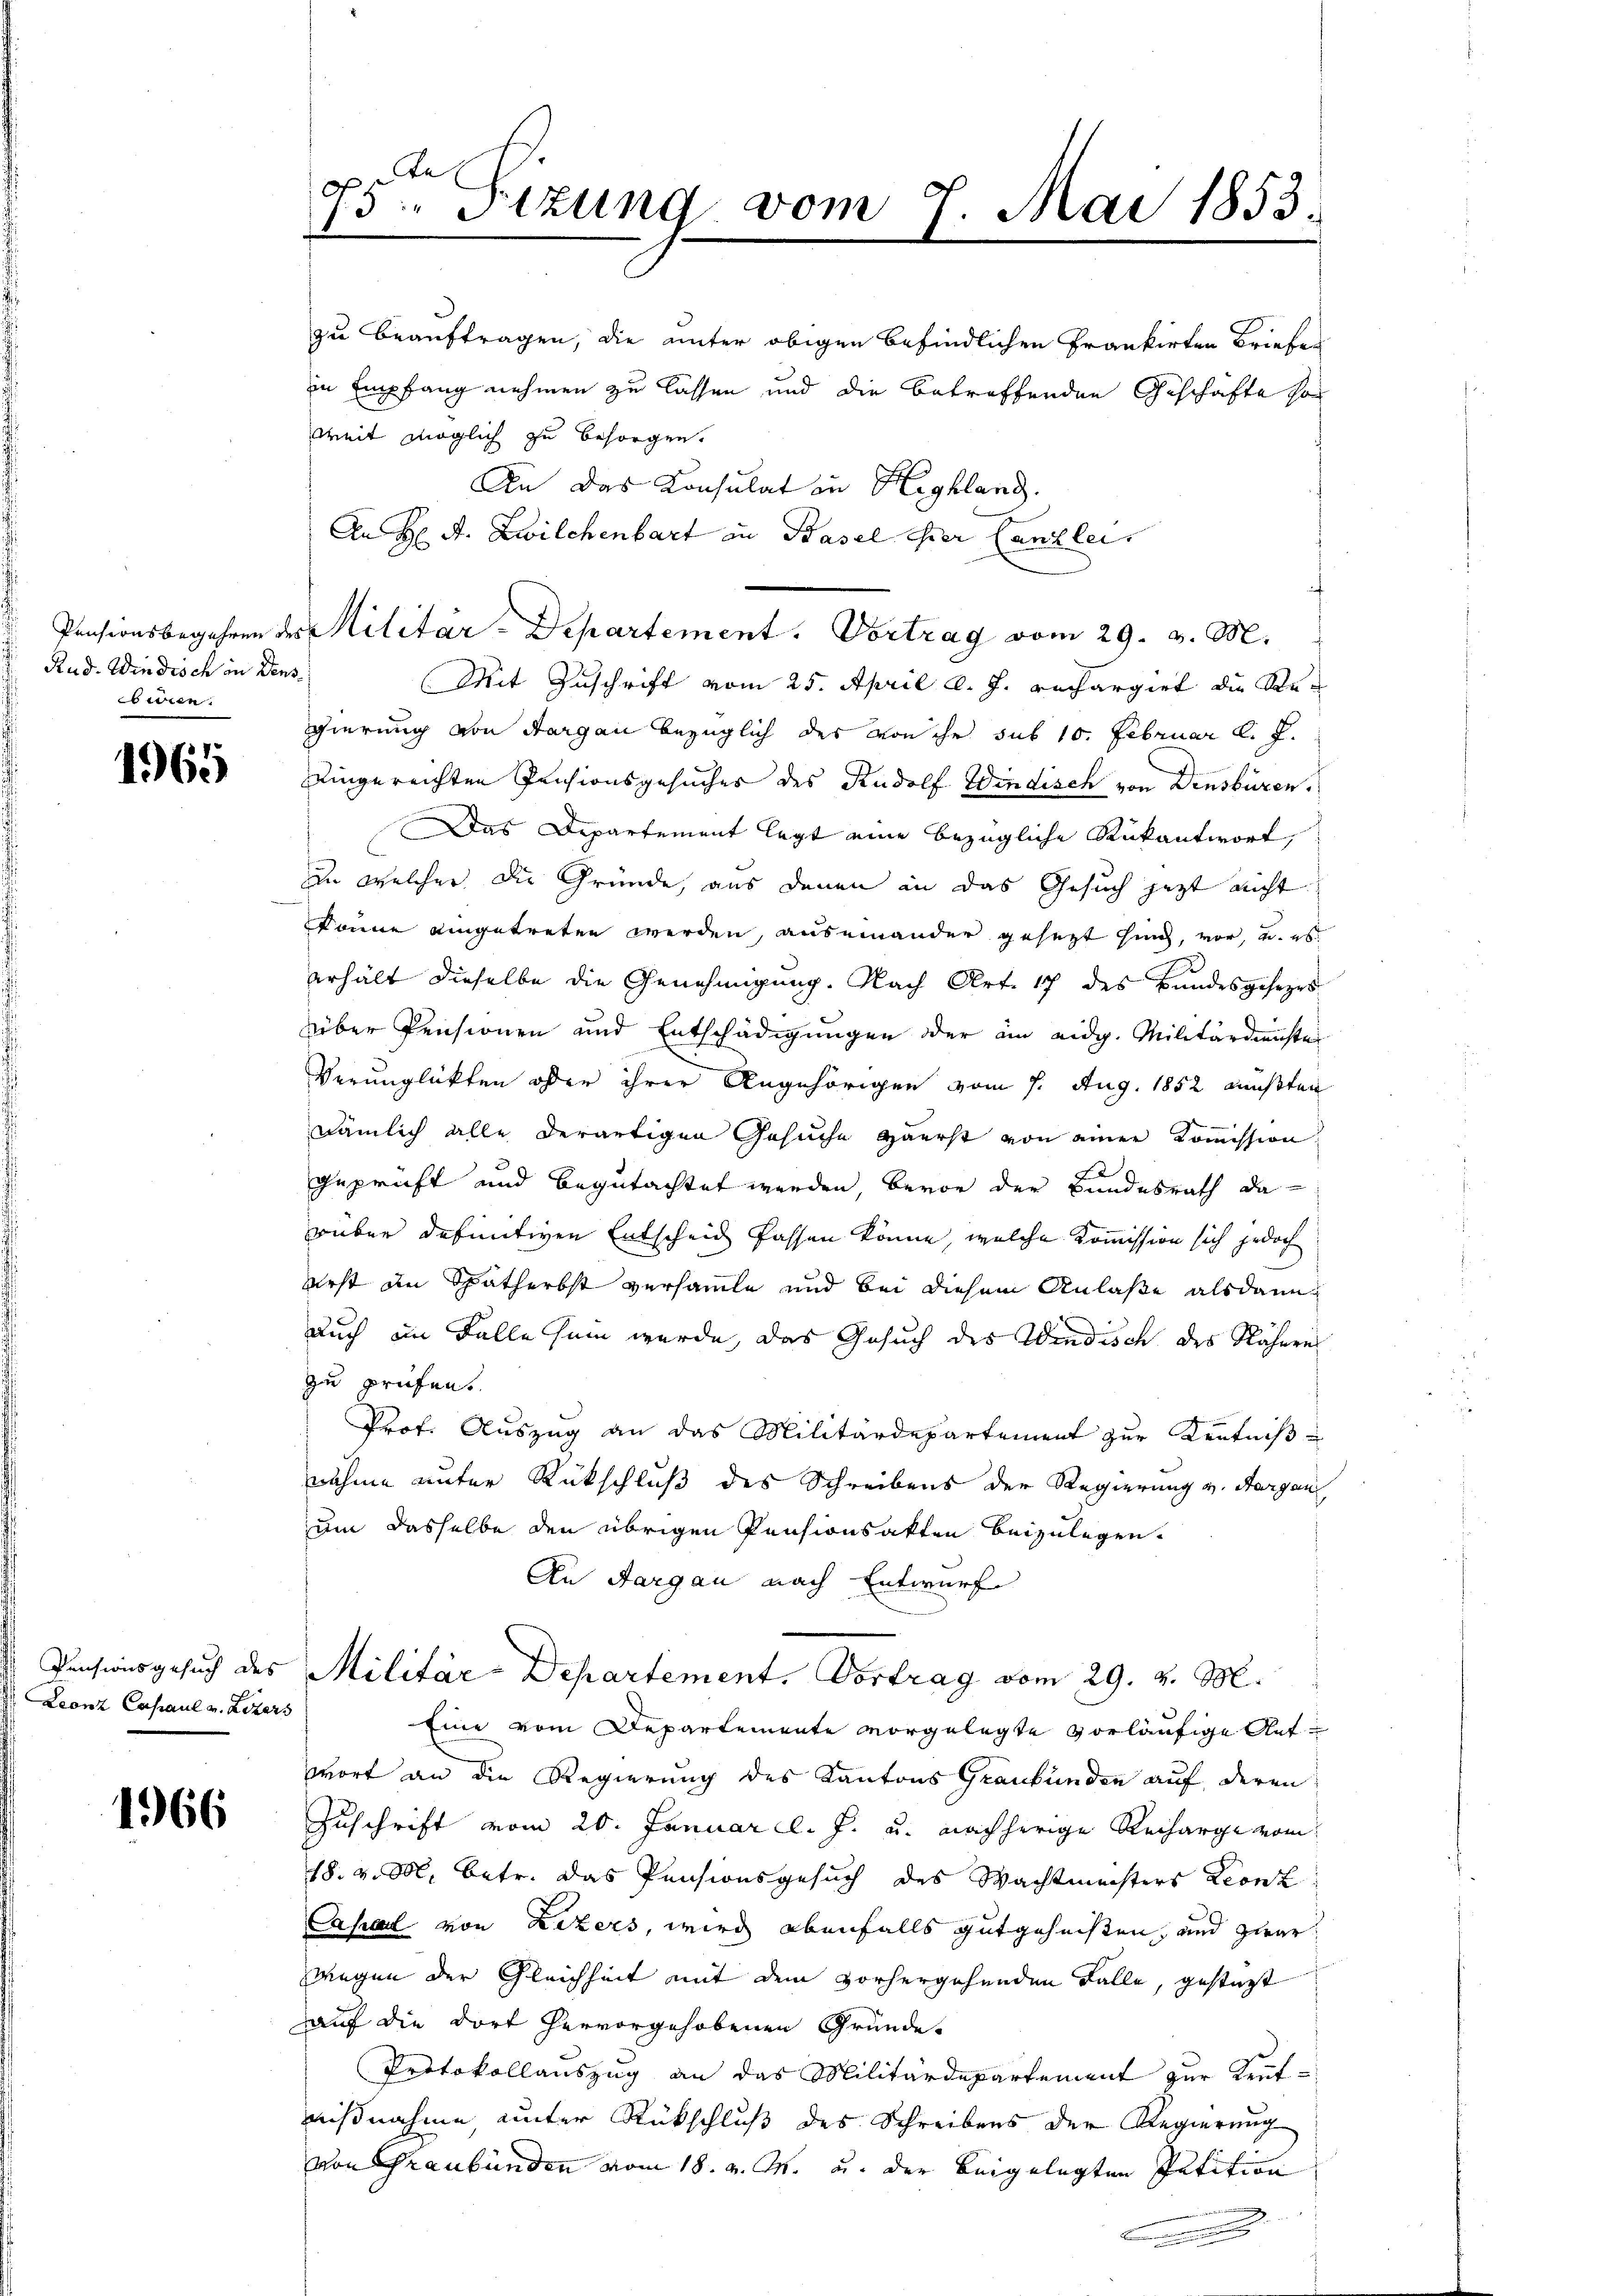
Rud. Windisch in Densnen.

1965

Leonz Casaul v. Liters

1966

weit möglich zu besorgen.
An das Konsulat in Highland.
An H: A. Zwilchenbart an Basel hier Canzlei
Mit Zuschrift vom 25. April l. J. Rechargiet die Regierung von Aargau bezüglich des von ihr sub 10. Februar d. J.
eingereichten Pensionsgesuches des Rudolf Windisch von Densbüren,
Das Departement legt eine bezügliche Rückantwort,
zu welcher die Gründe, aus denen in das Gesuch jetzt nicht
könne eingetreten werden, auseinander gesezt sind, vor, u. es
erhält dieselbe die Genehmigung. Nach Art. 17 des Bandesgesezes
über Pensionen und Entschädigungen der am eidg. Militärdienste
Verunglükten oder ihrer Angehörigen vom 1. Aug. 1852 mußten
nämlich alle derartigen Gesuche Herst von einer Kommission,
Geprüft und begutachtet werden, bevor der Bundesrath da
rüber definitiven Entscheid fassen könne, welche Kommission sich jedoch
erst an Spätherbst versammte und bei diesem Anlaße alsdann
auch im Falle sein werde, das Gesuch des Windisch des Nähnen
zu prüfent
Prof. Auszug an das Militärdepartement zur Kenntniß
nahme unter Rückschluß des Schreibens der Regierung v. Hergan
um dasselbe den übrigen Pensionsakten beizulegen.
An Aargau nach Entwurf
Pensionsgesuch des Militär-Departement. Vortrag vom 29. v. M.
Eine vom Departemente vorgelegte vorläufige Aufwort an die Regierung des Kantons Graubünden auf deren
Zuschrift vom 20. Januar l. J. u. nachherige Recharge vom
18. v. M. betr. das Pensionsgesuch des Wachtmeisters Leonz
Casaal von Lizers, wird ebenfalls gutgeheisten, und zwar
wegen der Gleichheit mit dem vorhergehenden Falle, gestatt
auf die dort hervorgehobenen Gründe
Protokollauszug an das Militärdepartement zur Kent-
nißnahme unter Rückschluß des Schreibens der Regierung
von Graubünden vom 18. v. M. u. der beigelegten Petition
n

te
6
13. Sizung vom 7. Mai 1853.

Pensionsbegehren des Militär-Departement. Vortrag vom 29. v. M.

zu beauftragen, die unter obigen befindlichen Frankirten Briefes
in Empfang nehmen zu lassen und die betreffenden Geschäfte so